Annual report of the Madras Medical College
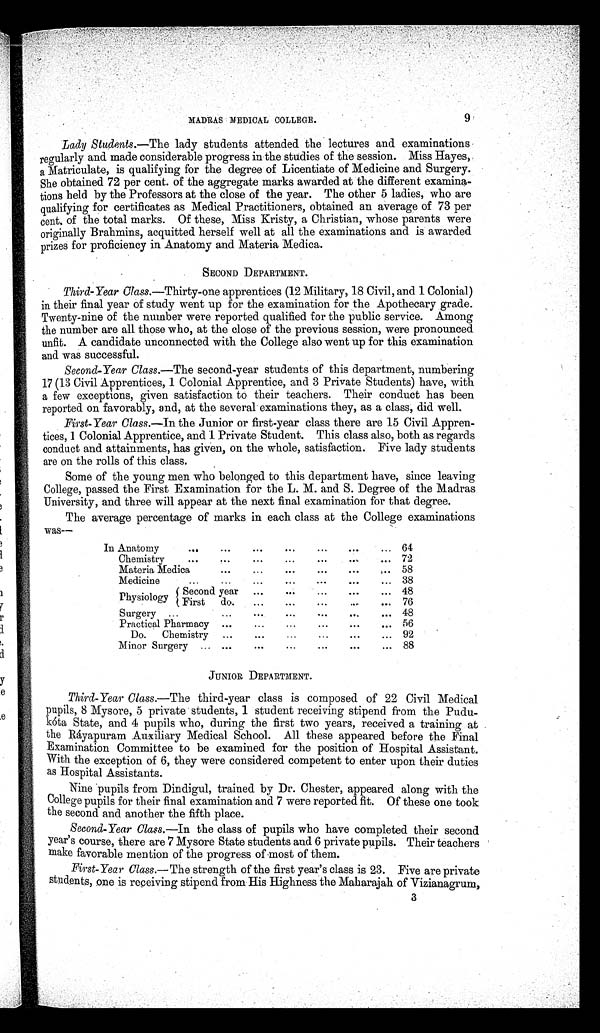
MADRAS MEDICAL COLLEGE.
9
Lady Students.— The lady students attended the lectures and examinations
1egularly and made considerable progress in the studies of the session. Miss Hayes,
a Matriculate, is qualifying for the degree of Licentiate of Medicine and Surgery.
She obtained 72 per cent. of the aggregate marks awarded at the different examina
tions held by the Professors at the close of the year. The other 5 ladies, who are
qualifying for certificates as Medical Practitioners, obtained an average of 73 per
cent, of the total marks. Of these, Miss Kristy, a Christian, whose parents were
originally Brahmins, acquitted herself well at all the examinations and is awarded
prizes for proficiency in Anatomy and Materia Medica.
SECOND DEPARTMENT.
Third-Year Class.— Thirty-one apprentices (12 Military, 18 Civil, and 1 Colonial)
in their final year of study went up for the examination for the Apothecary grade.
Twenty–nine of the number were reported qualified for the public service. Among
the number are all those who, at the close of the previous session, were pronounced
unfit. A candidate unconnected with the College also went up for this examination
and was successful.
Second-Year Class.— The second-year students of this department, numbering
17 (13 Civil Apprentices, 1 Colonial Apprentice, and 3 Private Students) have, with
a few exceptions, given satisfaction to their teachers. Their conduct has been
reported on favorably, and, at the several examinations they, as a class, did well.
First-Year Class.— In the Junior or first-year class there are 15 Civil Appren
tices, 1 Colonial Apprentice, and 1 Private Student. This class also, both as regards
conduct and attainments, has given, on the whole, satisfaction. Five lady students
are on the rolls of this class.
Some of the young men who belonged to this department have, since leaving
College, passed the First Examination for the L. M. and S. Degree of the Madras
University, and three will appear at the next final examination for that degree.
The average percentage of marks in each class at the College examinations
was—
In Anatomy
64
Chemistry
72
Materia Medica
58
Medicine
38
Physiology
Second Year
48
First do.
76
Surgery
48
Practical Pharmacy
56
Do. Chemistry
92
Minor Surgery
88
JUNIOR DEPARTMENT.
Third-Year Class.— The third-year class is composed of 22 Civil Medical
pupils, 8 Mysore, 5 private students, 1 student receiving stipend from the
P u d u K ó t a S t a t e , a n d 4 p u p i l s w h o , d u r i n g t h e f i r s t t w o y e a r s , r e c e i v e d a t r a i n i n g a t
the Ráyapuram Auxiliary Medical School. All these appeared before the Final
Examination Committee to be examined for the position of Hospital Assistant.
With the exception of 6, they were considered competent to enter upon their duties
as Hospital Assistants.
Nine pupils from Dindigul, trained by Dr. Chester, appeared along with the
College pupils for their final examination and 7 were reported fit. Of these one took
the second and another the fifth place.
Second-Year Class.— In the class of pupils who have completed their second
year's course, there are 7 Mysore State students and 6 private pupils. Their teachers
make favorable mention of the progress of most of them.
First-Year Class.— The strength of the first year's class is 23. Five are private
students, one is receiving stipend from His Highness the Maharajah of Vizianagrum,
3